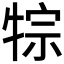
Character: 𤙷